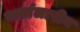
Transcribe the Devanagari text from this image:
वार्तालापीय